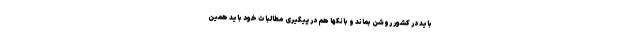
باید در کشور روشن بماند و بانکها هم در پیگیری مطالبات خود باید همین